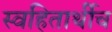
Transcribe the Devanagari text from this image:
स्वहितार्थीच